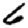
Digit: 6